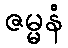
ဇမ္မနံ